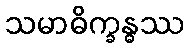
သမာဓိက္ခန္ဓဿ